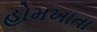
હોમખાતા